Lunatic asylums Central Provinces reports 1874-1885 - 1874-1885
Year: 1874
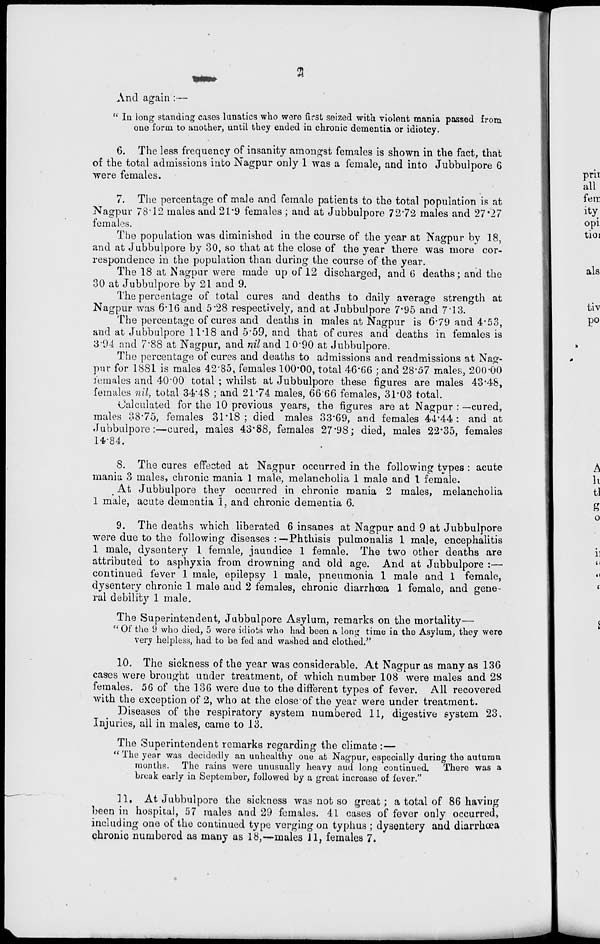
2
And again :—
" In long standing cases lunatics who were first seized with violent mania passed from
one form to another, until they ended in chronic dementia or idiotcy.
6. The less frequency of insanity amongst females is shown in the fact, that
of the total admissions into Nagpur only 1 was a female, and into Jubbulpore 6
were females.
7. The percentage of male and female patients to the total population is at
Nagpur 78.12 males and 21.9 females ; and at Jubbulpore 72.72 males and 27.27
females.
The population was diminished in the course of the year at Nagpur by 18,
and at Jubbulpore by 30, so that at the close of the year there was more cor-
respondence in the population than during the course of the year.
The 18 at Nagpur were made up of 12 discharged, and 6 deaths; and the
30 at Jubbulpore by 21 and 9.
The percentage of total cures and deaths to daily average strength at
Nagpur was 6.16 and 5.28 respectively, and at Jubbulpore 7.95 and 7.13.
The percentage of cures and deaths in males at Nagpur is 6.79 and 4.53,
and at Jubbulpore 11.18 and 5.59, and that of cures and deaths in females is
3.94 and 7.88 at Nagpur, and nil and 10.90 at Jubbulpore.
The percentage of cures and deaths to admissions and readmissions at Nag-
pur for 1881 is males 42.85, females 100.00, total 46.66 ; and 28.57 males, 200.00
females and 40.00 total ; whilst at Jubbulpore these figures are males 43.48,
females nil, total 34.48 ; and 21.74 males, 66.66 females, 31.03 total.
Calculated for the 10 previous years, the figures are at Nagpur : —cured,
males 38.75, females 31.18; died males 33.69, and females 44.44: and at
Jubbulpore:—cured, males 43.88, females 27.98; died, males 22.35, females
14.84.
8. The cures effected at Nagpur occurred in the following types : acute
mania 3 males, chronic mania 1 male, melancholia 1 male and 1 female.
At Jubbulpore they occurred in chronic mania 2 males, melancholia
1 male, acute dementia 1, and chronic dementia 6.
9. The deaths which liberated 6 insanes at Nagpur and 9 at Jubbulpore
were due to the following diseases:—Phthisis pulmonalis 1 male, encephalitis
1 male, dysentery 1 female, jaundice 1 female. The two other deaths are
attributed to asphyxia from drowning and old age. And at Jubbulpore :—
continued fever 1 male, epilepsy 1 male, pneumonia 1 male and 1 female,
dysentery chronic 1 male and 2 females, chronic diarrhœa 1 female, and gene-
ral debility 1 male.
The Superintendent, Jubbulpore Asylum, remarks on the mortality—
" Of the 9 who died, 5 were idiots who had been a long time in the Asylum, they were
very helpless, had to be fed and washed and clothed."
10. The sickness of the year was considerable. At Nagpur as many as 136
cases were brought under treatment, of which number 108 were males and 28
females. 56 of the 136 were due to the different types of fever. All recovered
with the exception of 2, who at the close of the year were under treatment.
Diseases of the respiratory system numbered 11, digestive system 23,
Injuries, all in males, came to 13.
The Superintendent remarks regarding the climate :—
"The year was decidedly an unhealthy one at Nagpur, especially during the autumn
months. The rains were unusually heavy and long continued. There was a
break early in September, followed by a great increase of fever."
11. At Jubbulpore the sickness was not so great; a total of 86 having
been in hospital, 57 males and 29 females. 41 cases of fever only occurred,
including one of the continued type verging on typhus ; dysentery and diarrhœa
chronic numbered as many as 18,—males 11, females 7.